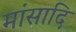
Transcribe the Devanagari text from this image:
मांसादि